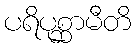
ပရိပုစ္ဆာမီတိ